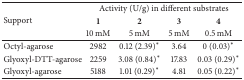
<table><thead><tr><td rowspan="3"><b>Support</b></td><td colspan="4"><b>Activity (U/g) in different substrates</b></td></tr><tr><td><b>1</b></td><td><b>2</b></td><td><b>3</b></td><td><b>4</b></td></tr><tr><td><b>10 mM</b></td><td><b>5 mM</b></td><td><b>5 mM</b></td><td><b>0.5 mM</b></td></tr></thead><tbody><tr><td>Octyl-agarose</td><td>2982</td><td>0.12 (2.39)<sup>*</sup></td><td>3.64</td><td>0 (0.03)<sup>*</sup></td></tr><tr><td>Glyoxyl-DTT-agarose</td><td>2259</td><td>3.08 (0.84)<sup>*</sup></td><td>17.83</td><td>0.03 (0.29)<sup>*</sup></td></tr><tr><td>Glyoxyl-agarose</td><td>5188</td><td>1.01 (0.29)<sup>*</sup></td><td>4.81</td><td>0.05 (0.22)<sup>*</sup></td></tr></tbody></table>